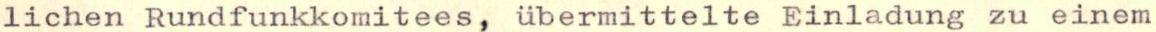
lichen Rundfunkkomitees, übermittelte Einladung zu einem